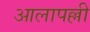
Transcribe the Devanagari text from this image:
आलापल्ली